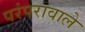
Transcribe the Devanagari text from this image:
परंपरावाले